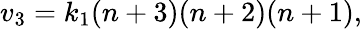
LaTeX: v_{3}=k_{1}(n+3)(n+2)(n+1),